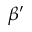
\beta ^ { \prime }